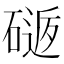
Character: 𥕈